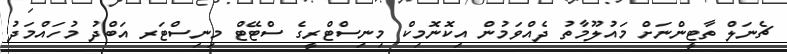
ޗެނަލް ތާޓީންނަށް މައުލޫމާތު ދެއްވަމުން އިކޮނޮމިކް މިނިސްޓްރީގެ ސްޓޭޓް މިނިސްޓަރ އަބްދު މުހައްމަދު